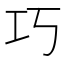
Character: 巧